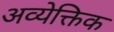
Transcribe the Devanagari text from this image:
अव्येक्तिक